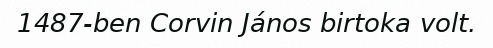
1487-ben Corvin János birtoka volt.